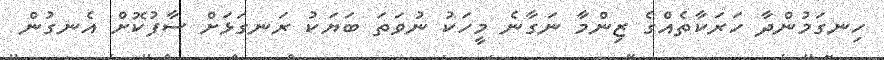
ހިނގަމުންދާ ހަރަކާތެއްގެ ޒިންމާ ނަގާނެ މީހަކު ނުވަތަ ބަޔަކު ރަނގަޅަށް ސާފުކޮށް އެނގުން